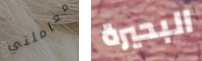
معاملتي البحيرة